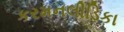
કરમનલીડિકા